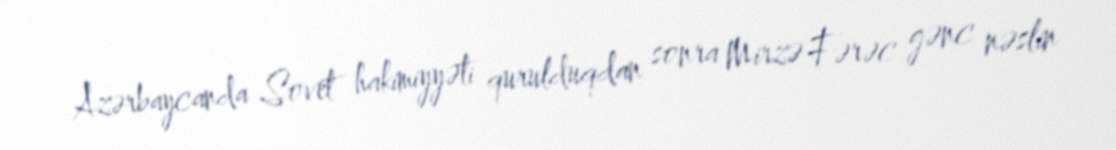
Azərbaycanda Sovet hakimiyyəti qurulduqdan sonra Mirzə Fərəc gənc nəslin